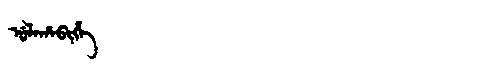
Manchu: ᡠᠯᠠᡥᠠᠪᡳᡥᡝ
Romanization: ULAHABIHE